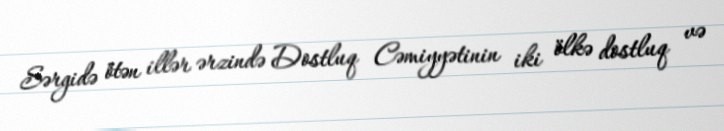
Sərgidə ötən illər ərzində Dostluq Cəmiyyətinin iki ölkə dostluq və